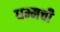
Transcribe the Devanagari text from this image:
धम्मची